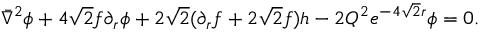
\bar { \nabla } ^ { 2 } \phi + 4 \sqrt 2 f \partial _ { r } \phi + 2 \sqrt 2 ( \partial _ { r } f + 2 \sqrt 2 f ) h - 2 Q ^ { 2 } e ^ { - 4 \sqrt 2 r } \phi = 0 .